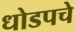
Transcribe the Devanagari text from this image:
धोडपचे